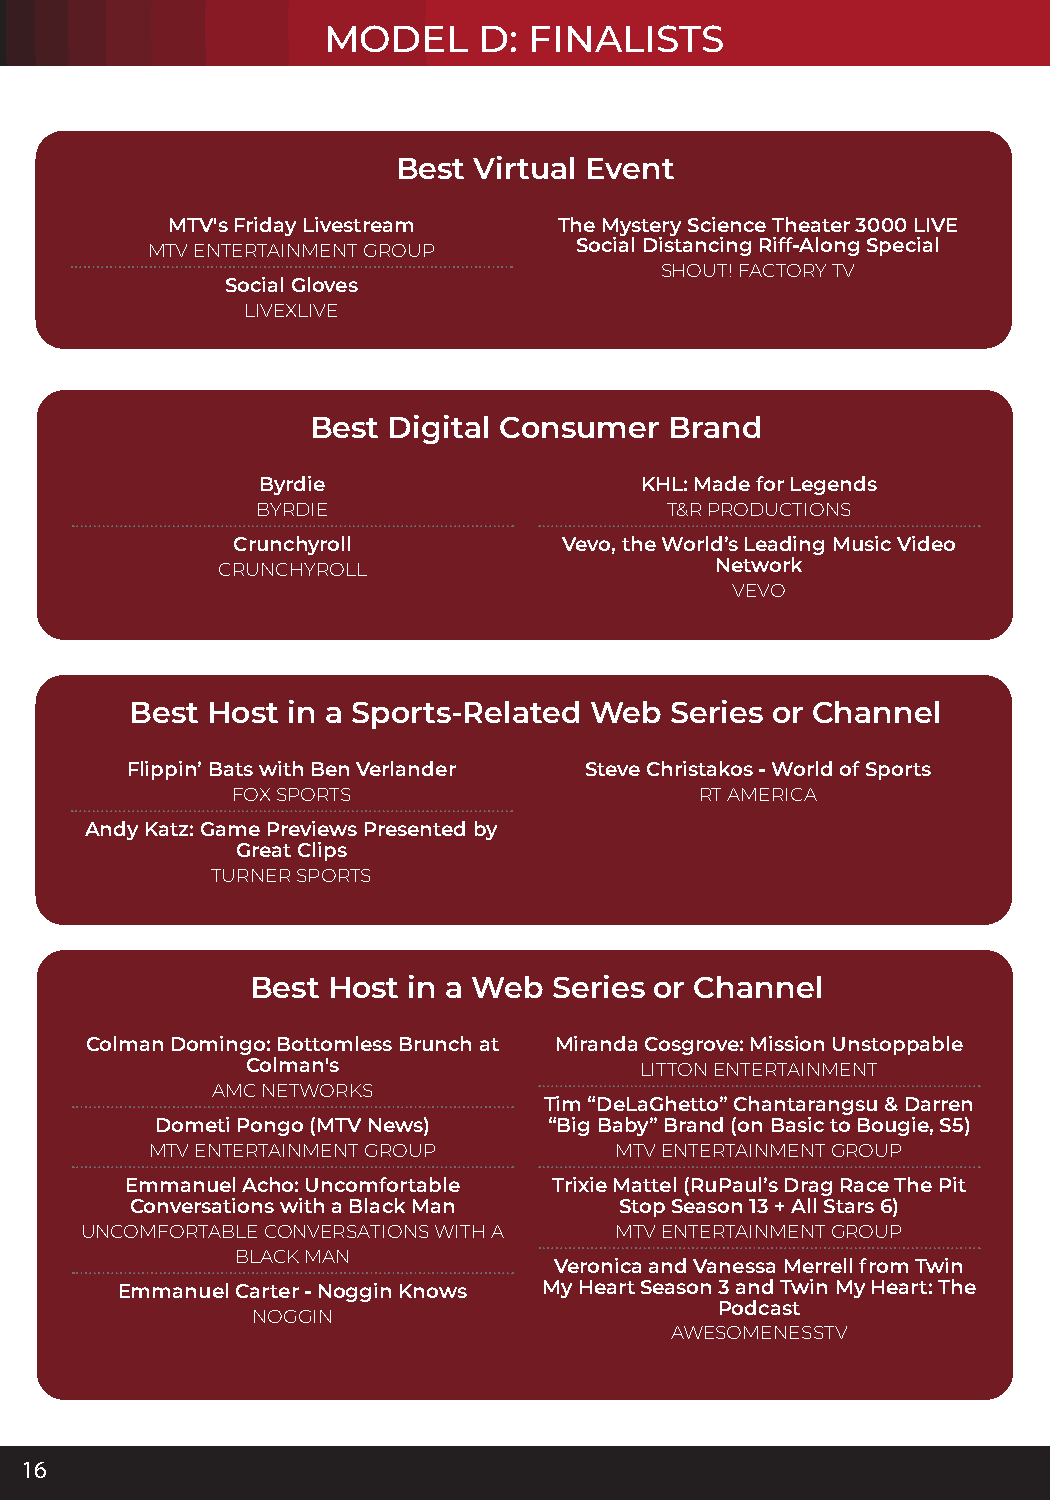
MODEL      D: FINALISTS
 Best Virtual Event
 OUTSTANDING        TEAMS     OF  THE   YEAR:
 MTV's Friday Livestream   The Mystery Science Theater 3000 LIVE
 MTV ENTERTAINMENT GROUP     Social Distancing Riff-Along Special
 SHOUT! FACTORY TV
 Social Gloves
 LIVEXLIVE
 Best Digital Consumer  Brand
 Byrdie                   KHL: Made for Legends
 BYRDIE                     T&R PRODUCTIONS
 Crunchyroll           Vevo, the World’s Leading Music Video
 CRUNCHYROLL                      Network
 VEVO
 Best Host in a Sports-Related Web  Series or Channel
 Flippin’ Bats with Ben Verlander Steve Christakos - World of Sports
 FOX SPORTS                     RT AMERICA
 Andy Katz: Game Previews Presented by
 Great Clips
 TURNER SPORTS
 Best Host in a Web  Series or Channel
 Colman Domingo: Bottomless Brunch at Miranda Cosgrove: Mission Unstoppable
 Colman's                  LITTON ENTERTAINMENT
 AMC NETWORKS
 Tim “DeLaGhetto” Chantarangsu & Darren
 Dometi Pongo (MTV News)   “Big Baby” Brand (on Basic to Bougie, S5)
 MTV ENTERTAINMENT GROUP        MTV ENTERTAINMENT GROUP
 Emmanuel Acho: Uncomfortable Trixie Mattel (RuPaul’s Drag Race The Pit
 Conversations with a Black Man  Stop Season 13 + All Stars 6)
 UNCOMFORTABLE CONVERSATIONS WITH A  MTV ENTERTAINMENT GROUP
 BLACK MAN
 Veronica and Vanessa Merrell from Twin
 Emmanuel Carter - Noggin Knows My Heart Season 3 and Twin My Heart: The
 Podcast
 NOGGIN
 AWESOMENESSTV
 16